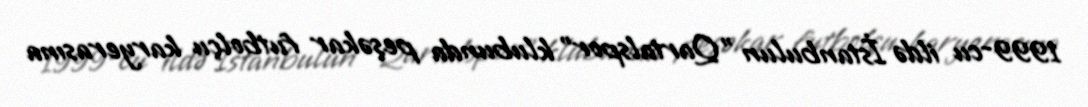
1999-cu ildə İstanbulun "Qartalspor" klubunda peşəkar futbolçu karyerasına